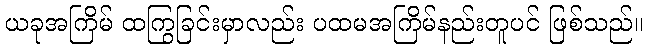
ယခုအကြိမ် ထကြွခြင်းမှာလည်း ပထမအကြိမ်နည်းတူပင် ဖြစ်သည်။